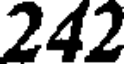
242